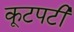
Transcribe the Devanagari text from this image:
कूटपटी